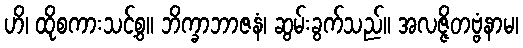
ဟိ၊ ထိုစကားသင့်စွ။ ဘိက္ခာဘာဇနံ၊ ဆွမ်းခွက်သည်။ အလဇ္ဇိတဗ္ဗံနာမ၊